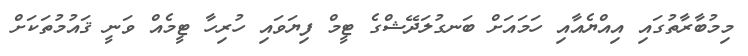
މިމުބާރާތުގައި އިއްޔެއާއި ހަމައަށް ބަނގުލަދޭޝްގެ ޓީމް ފިޔަވައި ހުރިހާ ޓީމެއް ވަނީ ޤައުމުތަކަށް